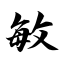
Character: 敏